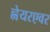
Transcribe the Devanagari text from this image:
ह्वेयरएवर